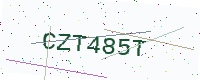
Text: CZT485T